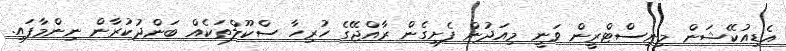
އެޑިއުކޭޝަން މިނިސްޓްރީން ވަނީ މިއަދުން ފެށިގެން ރާއްޖޭގެ ހުރިހާ ސްކޫލްތަކެއް ބަންދުކުރާން ނިންމާފައި.